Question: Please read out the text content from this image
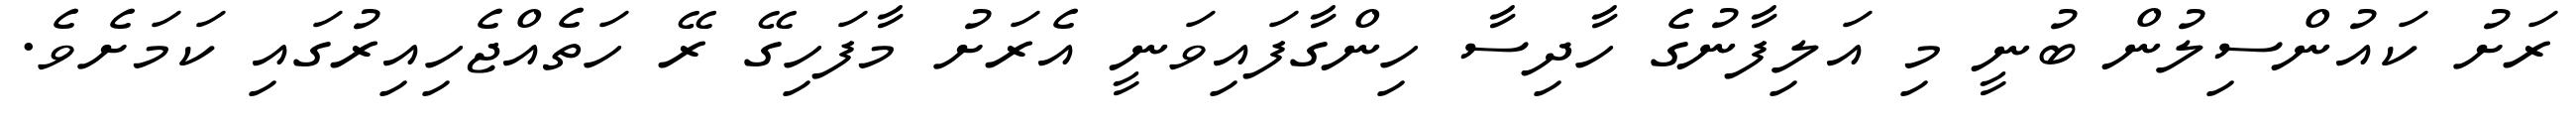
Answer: ރަށު ކައުންސިލުން ބުނީ މި އަލިފާނުގެ ހާދިސާ ހިންގާފައިވަނީ އެރަށު މާފަހިގޭ ރޭ ހަތެއްޖެހިއިރުގައި ކަމަށެވެ.